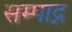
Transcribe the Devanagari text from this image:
सम्पाद्न